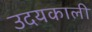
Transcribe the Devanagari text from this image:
उदयकाली